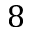
8